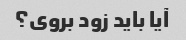
آیا باید زود بروی؟